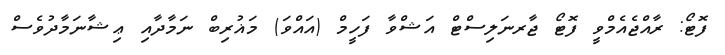
ފޮޓޯ: ރާއްޖެއެމްވީ ފޮޓޯ ޖާރނަލިސްޓް އަޝްވާ ފަހީމް (އައްވަ) މަޣުރިބް ނަމާދާއި ޢިޝާނަމާދުވެސް